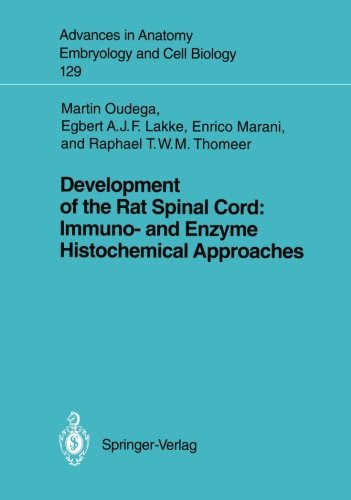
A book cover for Development of the Rat Spinal Cord: Immuno- and Enzyme Histochemical Approaches (Advances in Anatomy, Embryology and Cell Biology); Martin F. Bach; Health, Fitness & Dieting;